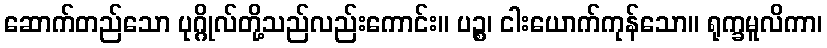
ဆောက်တည်သော ပုဂ္ဂိုလ်တို့သည်လည်းကောင်း။ ပဉ္စ၊ ငါးယောက်ကုန်သော။ ရုက္ခမူလိကာ၊